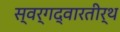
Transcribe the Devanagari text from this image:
स्वर्गद्वारतीर्थ